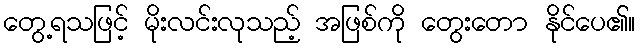
တွေ့ရသဖြင့် မိုးလင်းလုသည့် အဖြစ်ကို တွေးတော နိုင်ပေ၏။